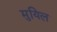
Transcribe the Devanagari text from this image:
मुयिल